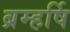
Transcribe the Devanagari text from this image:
ब्रम्हर्षि